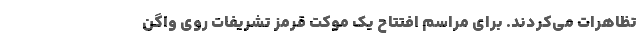
تظاهرات می‌کردند. برای مراسم افتتاح یک موکت قرمز تشریفات روی واگن